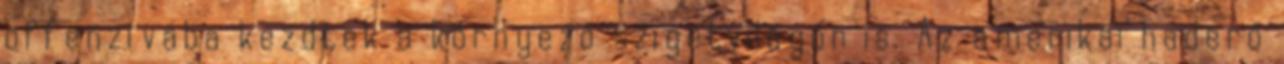
offenzívába kezdtek a környező szigetvilágon is. Az amerikai haderő